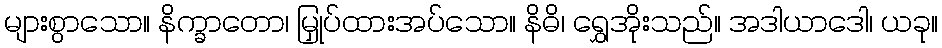
များစွာသော။ နိက္ခာတော၊ မြှုပ်ထားအပ်သော။ နိဓိ၊ ရွှေအိုးသည်။ အဒါယာဒေါ၊ ယခု။